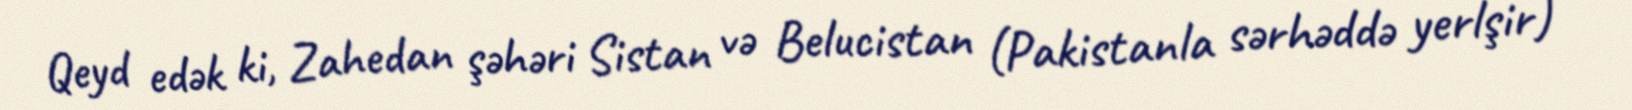
Qeyd edək ki, Zahedan şəhəri Sistan və Belucistan (Pakistanla sərhəddə yerlşir)